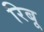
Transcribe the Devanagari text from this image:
रिबू